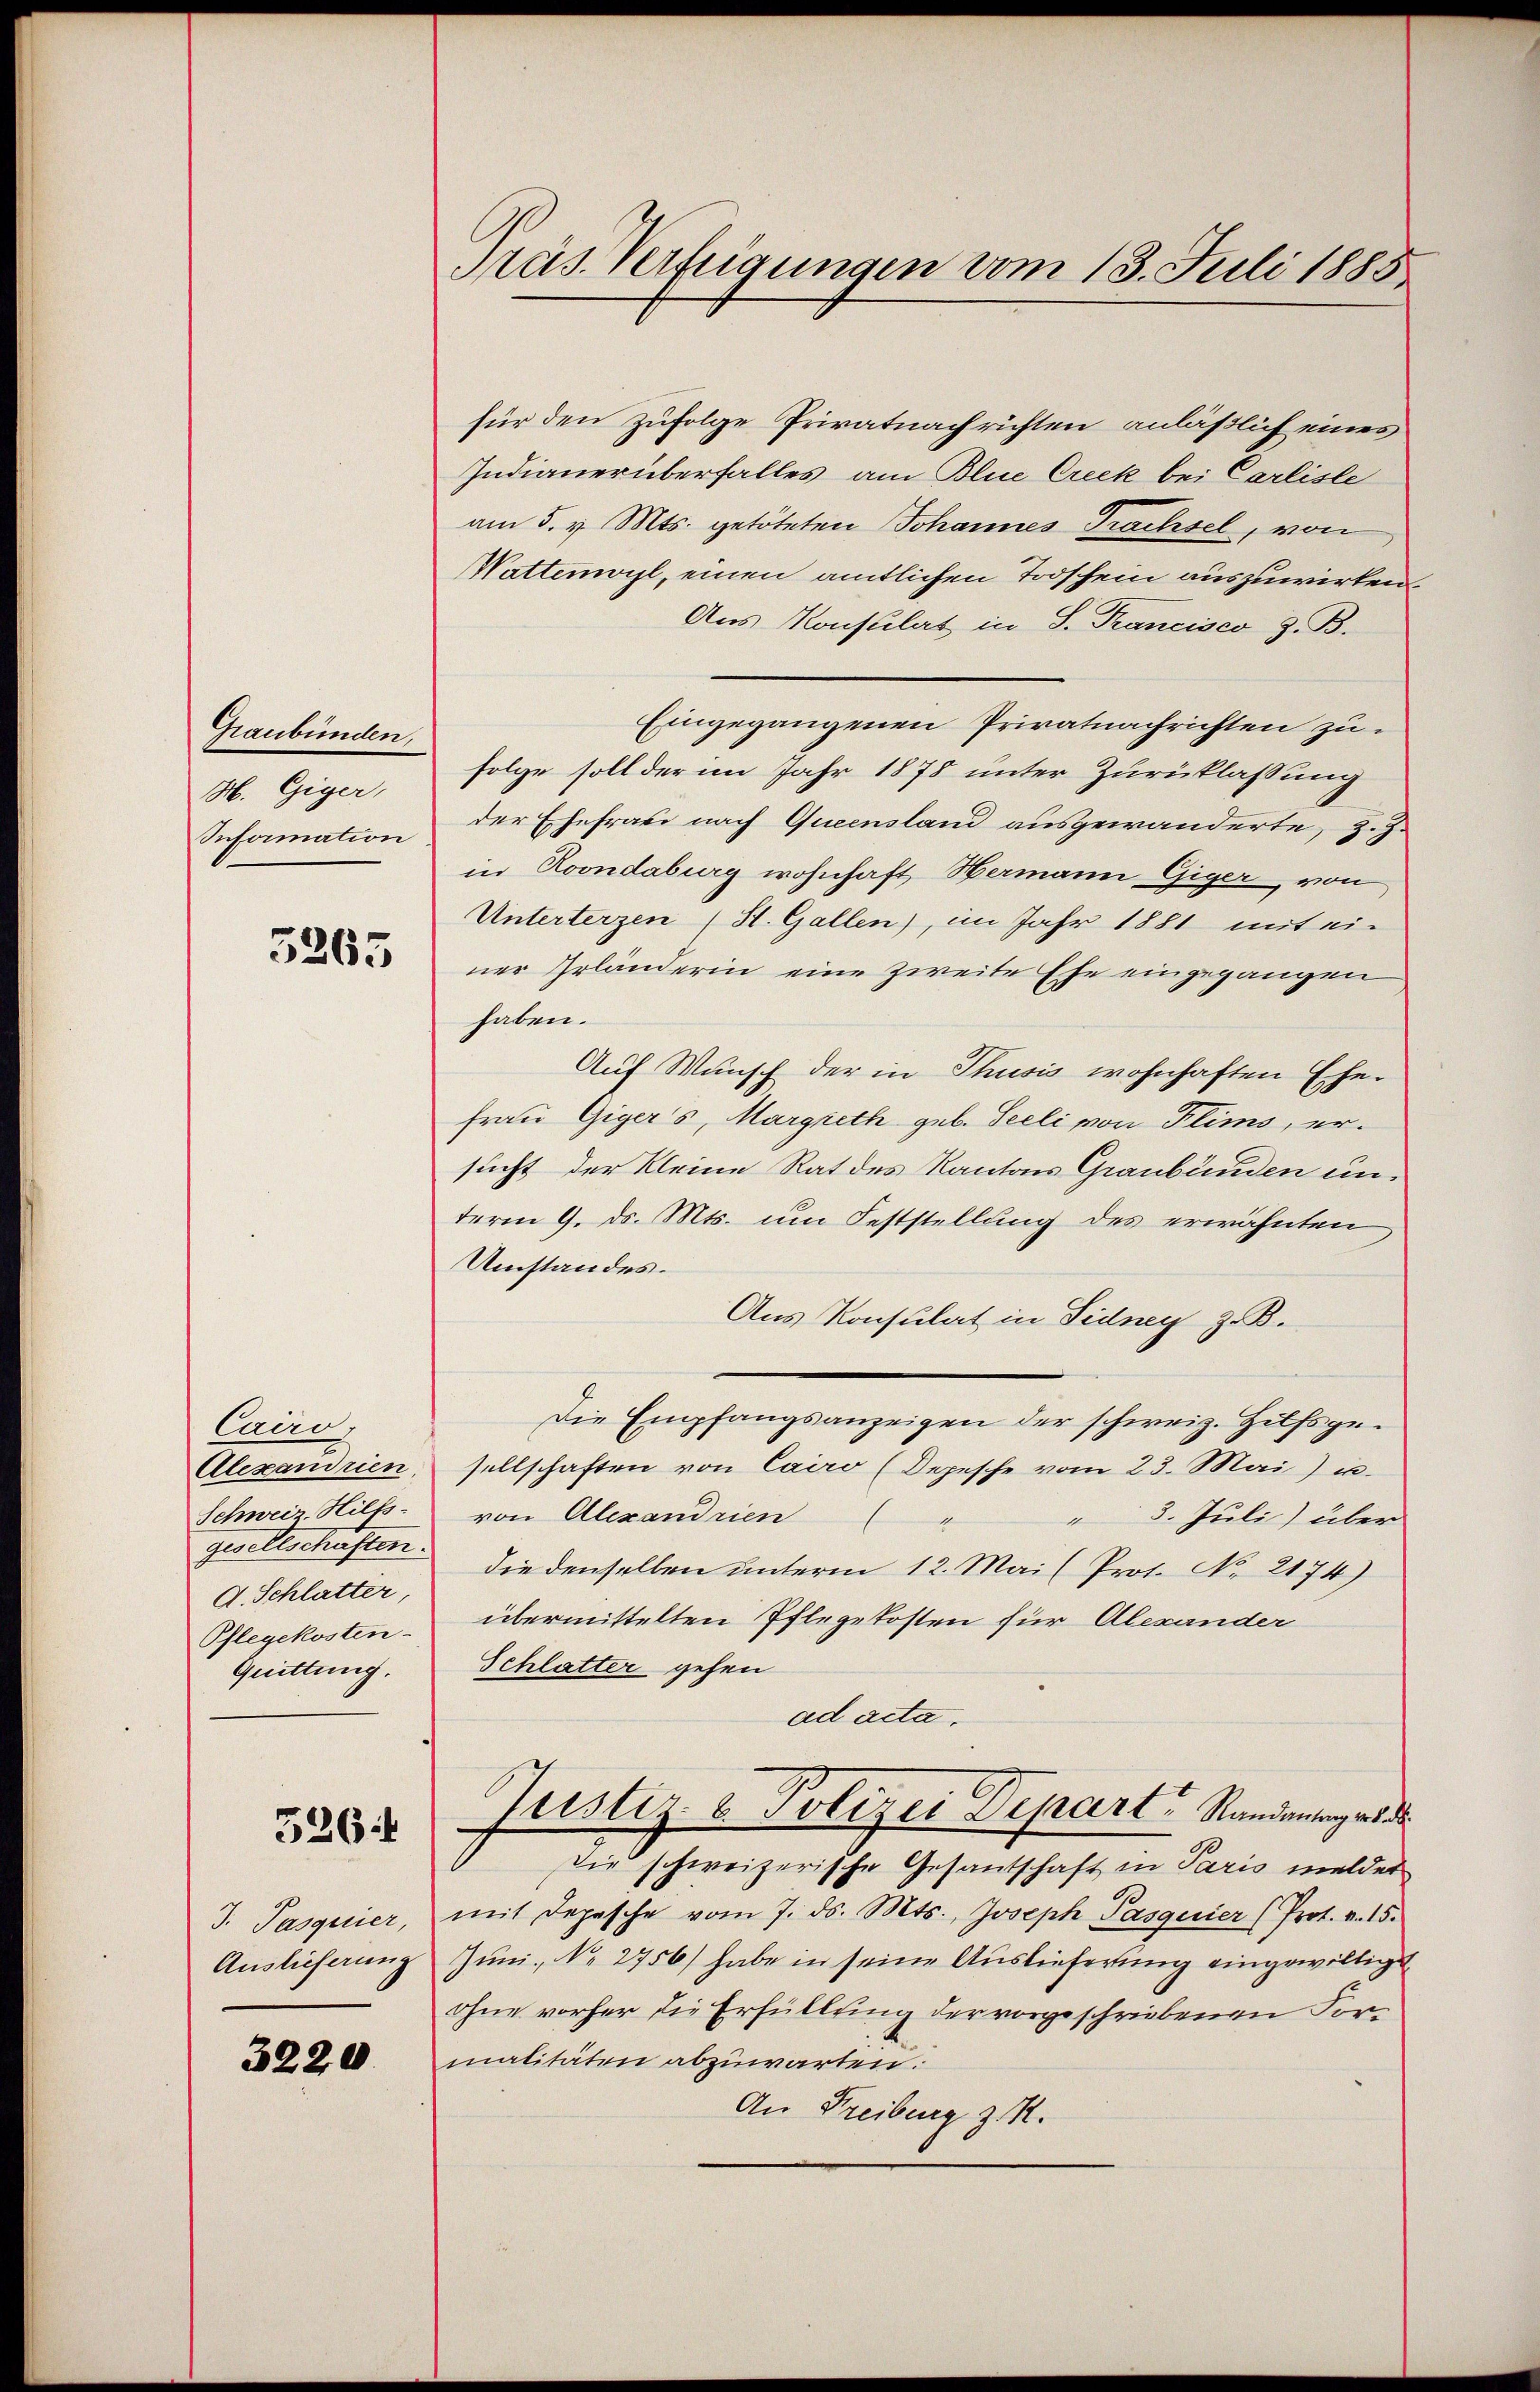
Graubünden,
H. Giger,
Seformation

3265

Caco,
Schweiz. Hilfs
gesellschaften.
d. Schlatter,
Pflegekosten.
Quittung.

526

J. Pasquier,
Auslieferung

3220

Präs. Verfügungen vom 13. Juli 1885

für den zufolge Privatnach richten anläßlich eines
Indianerüberfalles am Blue Creck bei Carliste
am 5. v. Mts. getöteten Johannes Trachsel, von
Wattenwyl, einen amtlichen Todschein auszuwirken
Aus Konsulat in S. Trancisco z. B.
Eingegangenen Privatnachrichten zufolge soll der im Jahr 1878 unter Zurücklassung
der Ehefrau nach Queensland ausgewanderte, z.Z.
in Roondaburg wohnhaft Hermann Giger von
Unterterzen (H. Gallen), im Jahr 1881 mit ei-
ner Erländerin eine zweite Ehe eingegangen
haben.
Auf Wunsch der in Thusis wohnhaften Ehe-
Frau Giger's, Margreth geb. Seeli von Flims, ersucht der Kleine Rat des Kantons Graubünden underm 9. ds. Mts. um Feststellung des erwähnten
Umstandes.
Aus Konsulat in Fidney z. B.
Die Empfangsanzeigen der schweiz. Hilfsge¬
Alexandrien, sellschaften von Cairo (Depesche vom 23. Mai) u.
von Alexandrien
" 3. Juli) über
die denselben unterm 12. Mai (Prot. No. 2174)
übermittelten Pflegekosten für Alexander
Schlatter gehen
ad acta.
Justiz- & Polizei Depart Randantrag an d
Die schweizerische Gesantschaft in Paris meldet
mit Depesche vom 7. ds. Mts., Joseph Pasquier (Prot. v. 15.
Juni, No 2756/ habe in seine Auslieferung eingewilligt
Ohne vorher die Erfüllung der vorgeschriebenen Formalitäten abzuwarten.
An Freiburg z. R.